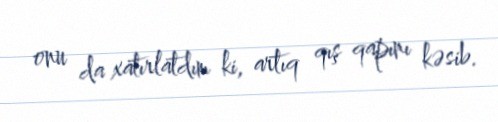
onu da xatırlatdım ki, artıq qış qapını kəsib.